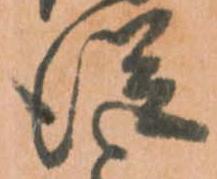
従